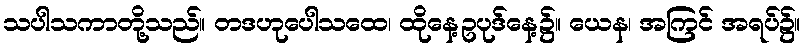
သပါသကာတို့သည်။ တဒဟုပေါသထေ၊ ထိုနေ့ဥပုဒ်နေ့၌။ ယေန၊ အကြင် အရပ်၌။